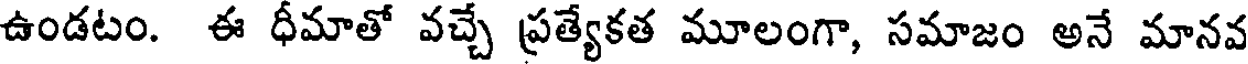
ఉండటం. ఈ ధీమాతో వచ్చే ప్రత్యేకత మూలంగా, సమాజం అనే మానవ